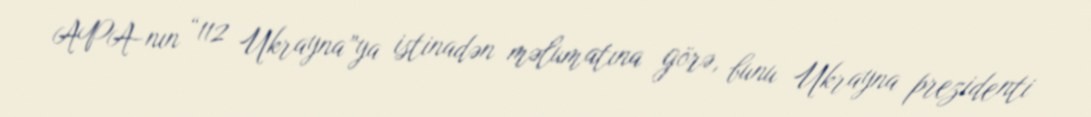
APA-nın “112 Ukrayna”ya istinadən məlumatına görə, bunu Ukrayna prezidenti